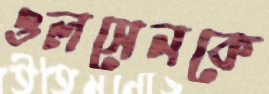
ওলসেনকে